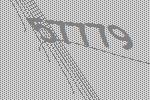
57779